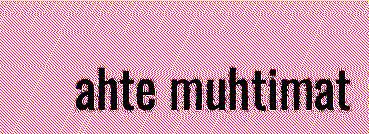
ahte muhtimat